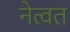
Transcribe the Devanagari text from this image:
नेत्वत